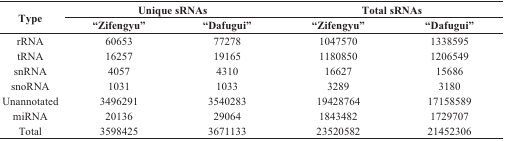
<table><thead><tr><td rowspan="2"><b>Type</b></td><td colspan="2"><b>Unique sRNAs</b></td><td colspan="2"><b>Total sRNAs</b></td></tr><tr><td><b>“Zifengyu”</b></td><td><b>“Dafugui”</b></td><td><b>“Zifengyu”</b></td><td><b>“Dafugui”</b></td></tr></thead><tbody><tr><td>rRNA</td><td>60653</td><td>77278</td><td>1047570</td><td>1338595</td></tr><tr><td>tRNA</td><td>16257</td><td>19165</td><td>1180850</td><td>1206549</td></tr><tr><td>snRNA</td><td>4057</td><td>4310</td><td>16627</td><td>15686</td></tr><tr><td>snoRNA</td><td>1031</td><td>1033</td><td>3289</td><td>3180</td></tr><tr><td>Unannotated</td><td>3496291</td><td>3540283</td><td>19428764</td><td>17158589</td></tr><tr><td>miRNA</td><td>20136</td><td>29064</td><td>1843482</td><td>1729707</td></tr><tr><td>Total</td><td>3598425</td><td>3671133</td><td>23520582</td><td>21452306</td></tr></tbody></table>